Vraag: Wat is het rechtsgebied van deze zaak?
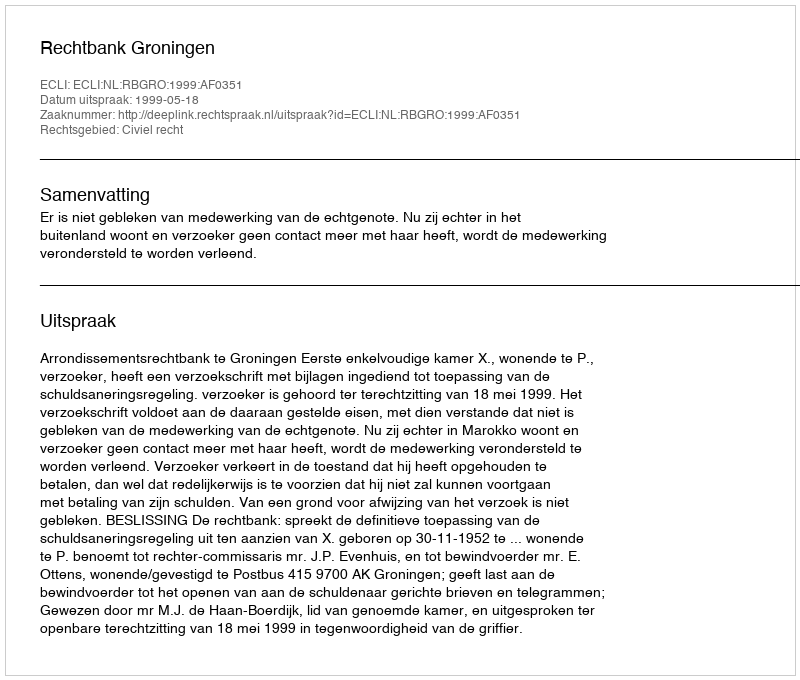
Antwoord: Civiel recht